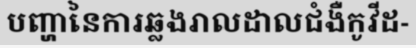
បញ្ហានៃការឆ្លងរាលដាលជំងឺកូវីដ-